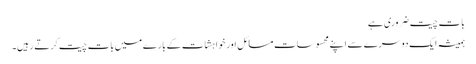
بات چیت ضروری ہے
ہمیشہ ایک دوسرے سے اپنے محسوسات مسائل اور خواہشات کے بارے میں بات چیت کرتے رہیں۔